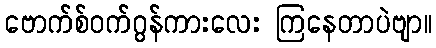
ဗောက်စ်ဝက်ဂွန်ကားလေး ကြနေတာပဲဗျာ။